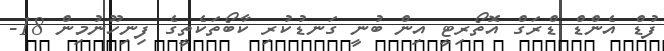
ފުޑްް އެންޑް ޑްރަގް އޮތޯރިޓީ އިން ބުނީ ގަނޑުކުރި ކާބޯތަކެތީގެ ފިނިހޫނުމިން 18-